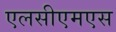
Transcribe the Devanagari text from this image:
एलसीएमएस